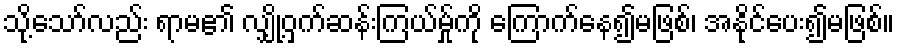
သို့သော်လည်း ရာမ၏ လျှို့ဝှက်ဆန်းကြယ်မ်ှုကို ကြောက်နေ၍မဖြစ်၊ အနိုင်ပေး၍မဖြစ်။